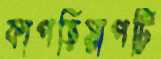
কাপড়িয়াপট্টি